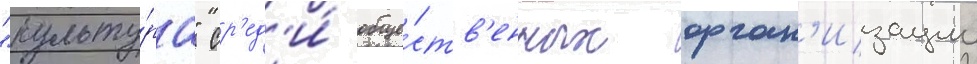
"культу́ра" ср'ед'и́ обще́ств'енных орган'изации